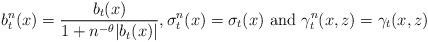
LaTeX: \begin{align*} b^n_t(x)=\frac{b_t(x)}{1+n^{-\theta}|b_t(x)|}, \sigma_t^n(x)=\sigma_t(x) \mbox{ and } \gamma_t^n(x,z)=\gamma_t(x,z)\end{align*}